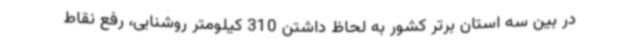
در بین سه استان برتر کشور به لحاظ داشتن 310 کیلومتر روشنایی، رفع نقاط